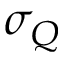
\sigma _ { Q }